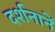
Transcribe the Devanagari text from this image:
दर्शनानें